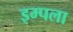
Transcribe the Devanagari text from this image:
इम्पला